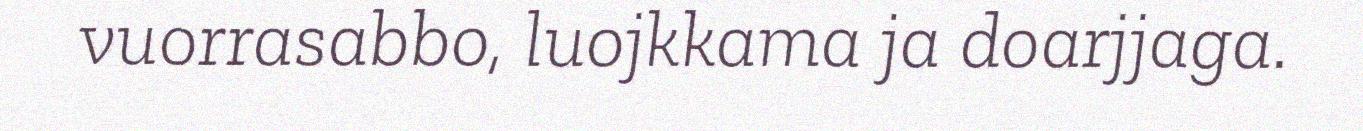
vuorrasabbo, luojkkama ja doarjjaga.